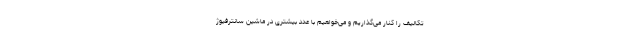
تکالیف را کنار می‌گذاریم و می‌خواهیم با عدد بیشتری در ماشین سانترفیوژ